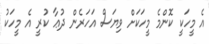
އެ މީހަކީ ކޮންމެ މީހަކަށް ވިޔަސް އަހަރެން ދުޢާ ކުރީ އެ މީހަކު